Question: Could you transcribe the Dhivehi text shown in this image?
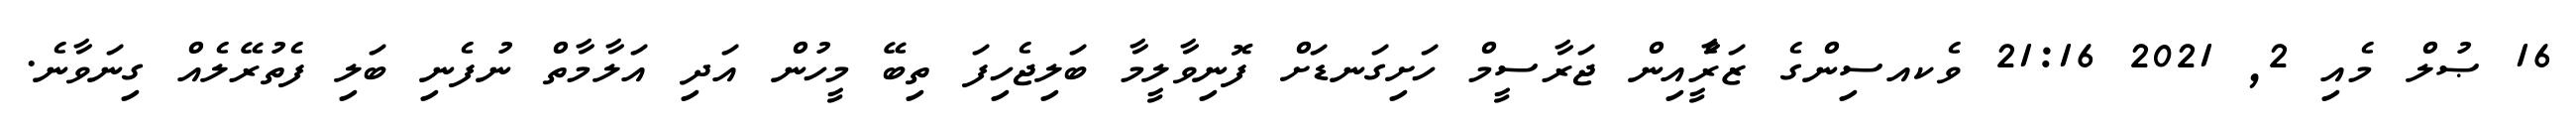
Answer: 16 ޞުލް މެއި 2, 2021 21:16 ވެކއސިންގެ ޒަރީެާއިން ޖަރާސީމް ހަށިގަނޑަށް ފޮނިވާލީމާ ބަލިޖެހިފަ ތިބޭ މީހުން އަދި އަލާމާތް ނުފެނި ބަލި ފެތުރޭލެއް ގިނަވާނެ.